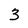
Character: 3